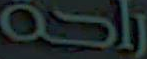
راحة